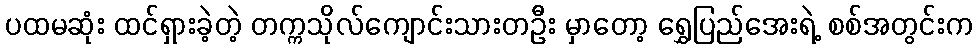
ပထမဆုံး ထင်ရှားခဲ့တဲ့ တက္ကသိုလ်ကျောင်းသားတဦး မှာတော့ ရွှေပြည်အေးရဲ့ စစ်အတွင်းက